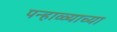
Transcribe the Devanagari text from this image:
पन्हाळ्याच्या